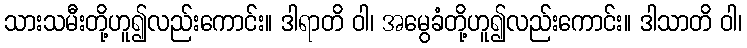
သားသမီးတို့ဟူ၍လည်းကောင်း။ ဒါရာတိ ဝါ၊ အမွေခံတို့ဟူ၍လည်းကောင်း။ ဒါသာတိ ဝါ၊